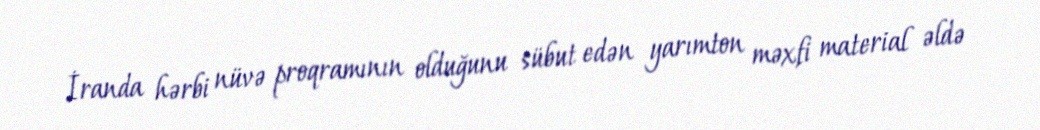
İranda hərbi nüvə proqramının olduğunu sübut edən yarımton məxfi material əldə